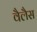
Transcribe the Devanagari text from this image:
वैलैस